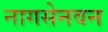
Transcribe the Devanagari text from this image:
नागसेनवन